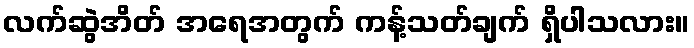
လက်ဆွဲအိတ် အရေအတွက် ကန့်သတ်ချက် ရှိပါသလား။